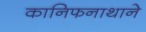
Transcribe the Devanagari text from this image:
कानिफनाथाने